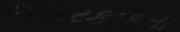
અસરકાકતા